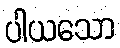
ပါယသော